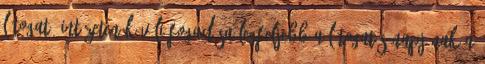
látogató intézeten kívüli fogadása legfeljebb a látogatás napjának a